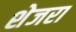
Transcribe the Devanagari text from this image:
शेजरा